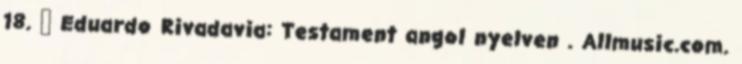
18. ↑ Eduardo Rivadavia: Testament angol nyelven . Allmusic.com.